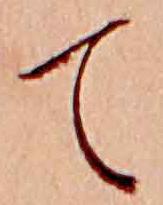
て